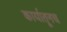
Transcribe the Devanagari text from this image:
कार्यातूनच